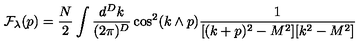
{ \cal F } _ { \lambda } ( p ) = \frac { N } { 2 } \int \frac { d ^ { D } k } { ( 2 \pi ) ^ { D } } \cos ^ { 2 } ( k \wedge p ) \frac { 1 } { [ ( k + p ) ^ { 2 } - M ^ { 2 } ] [ k ^ { 2 } - M ^ { 2 } ] }